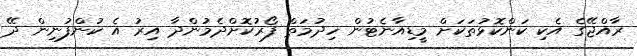
ރާއްޖޭގެ އެކި ކަންކޮޅުތަކަށް މީޑިއާނެޓުން ހިދުމަތް ފޯރުކޮށްދެމުންދާ އިރު އެ ކުންފުނިން ދޭ